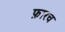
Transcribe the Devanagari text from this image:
फ़ारच